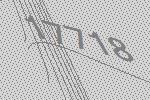
17718